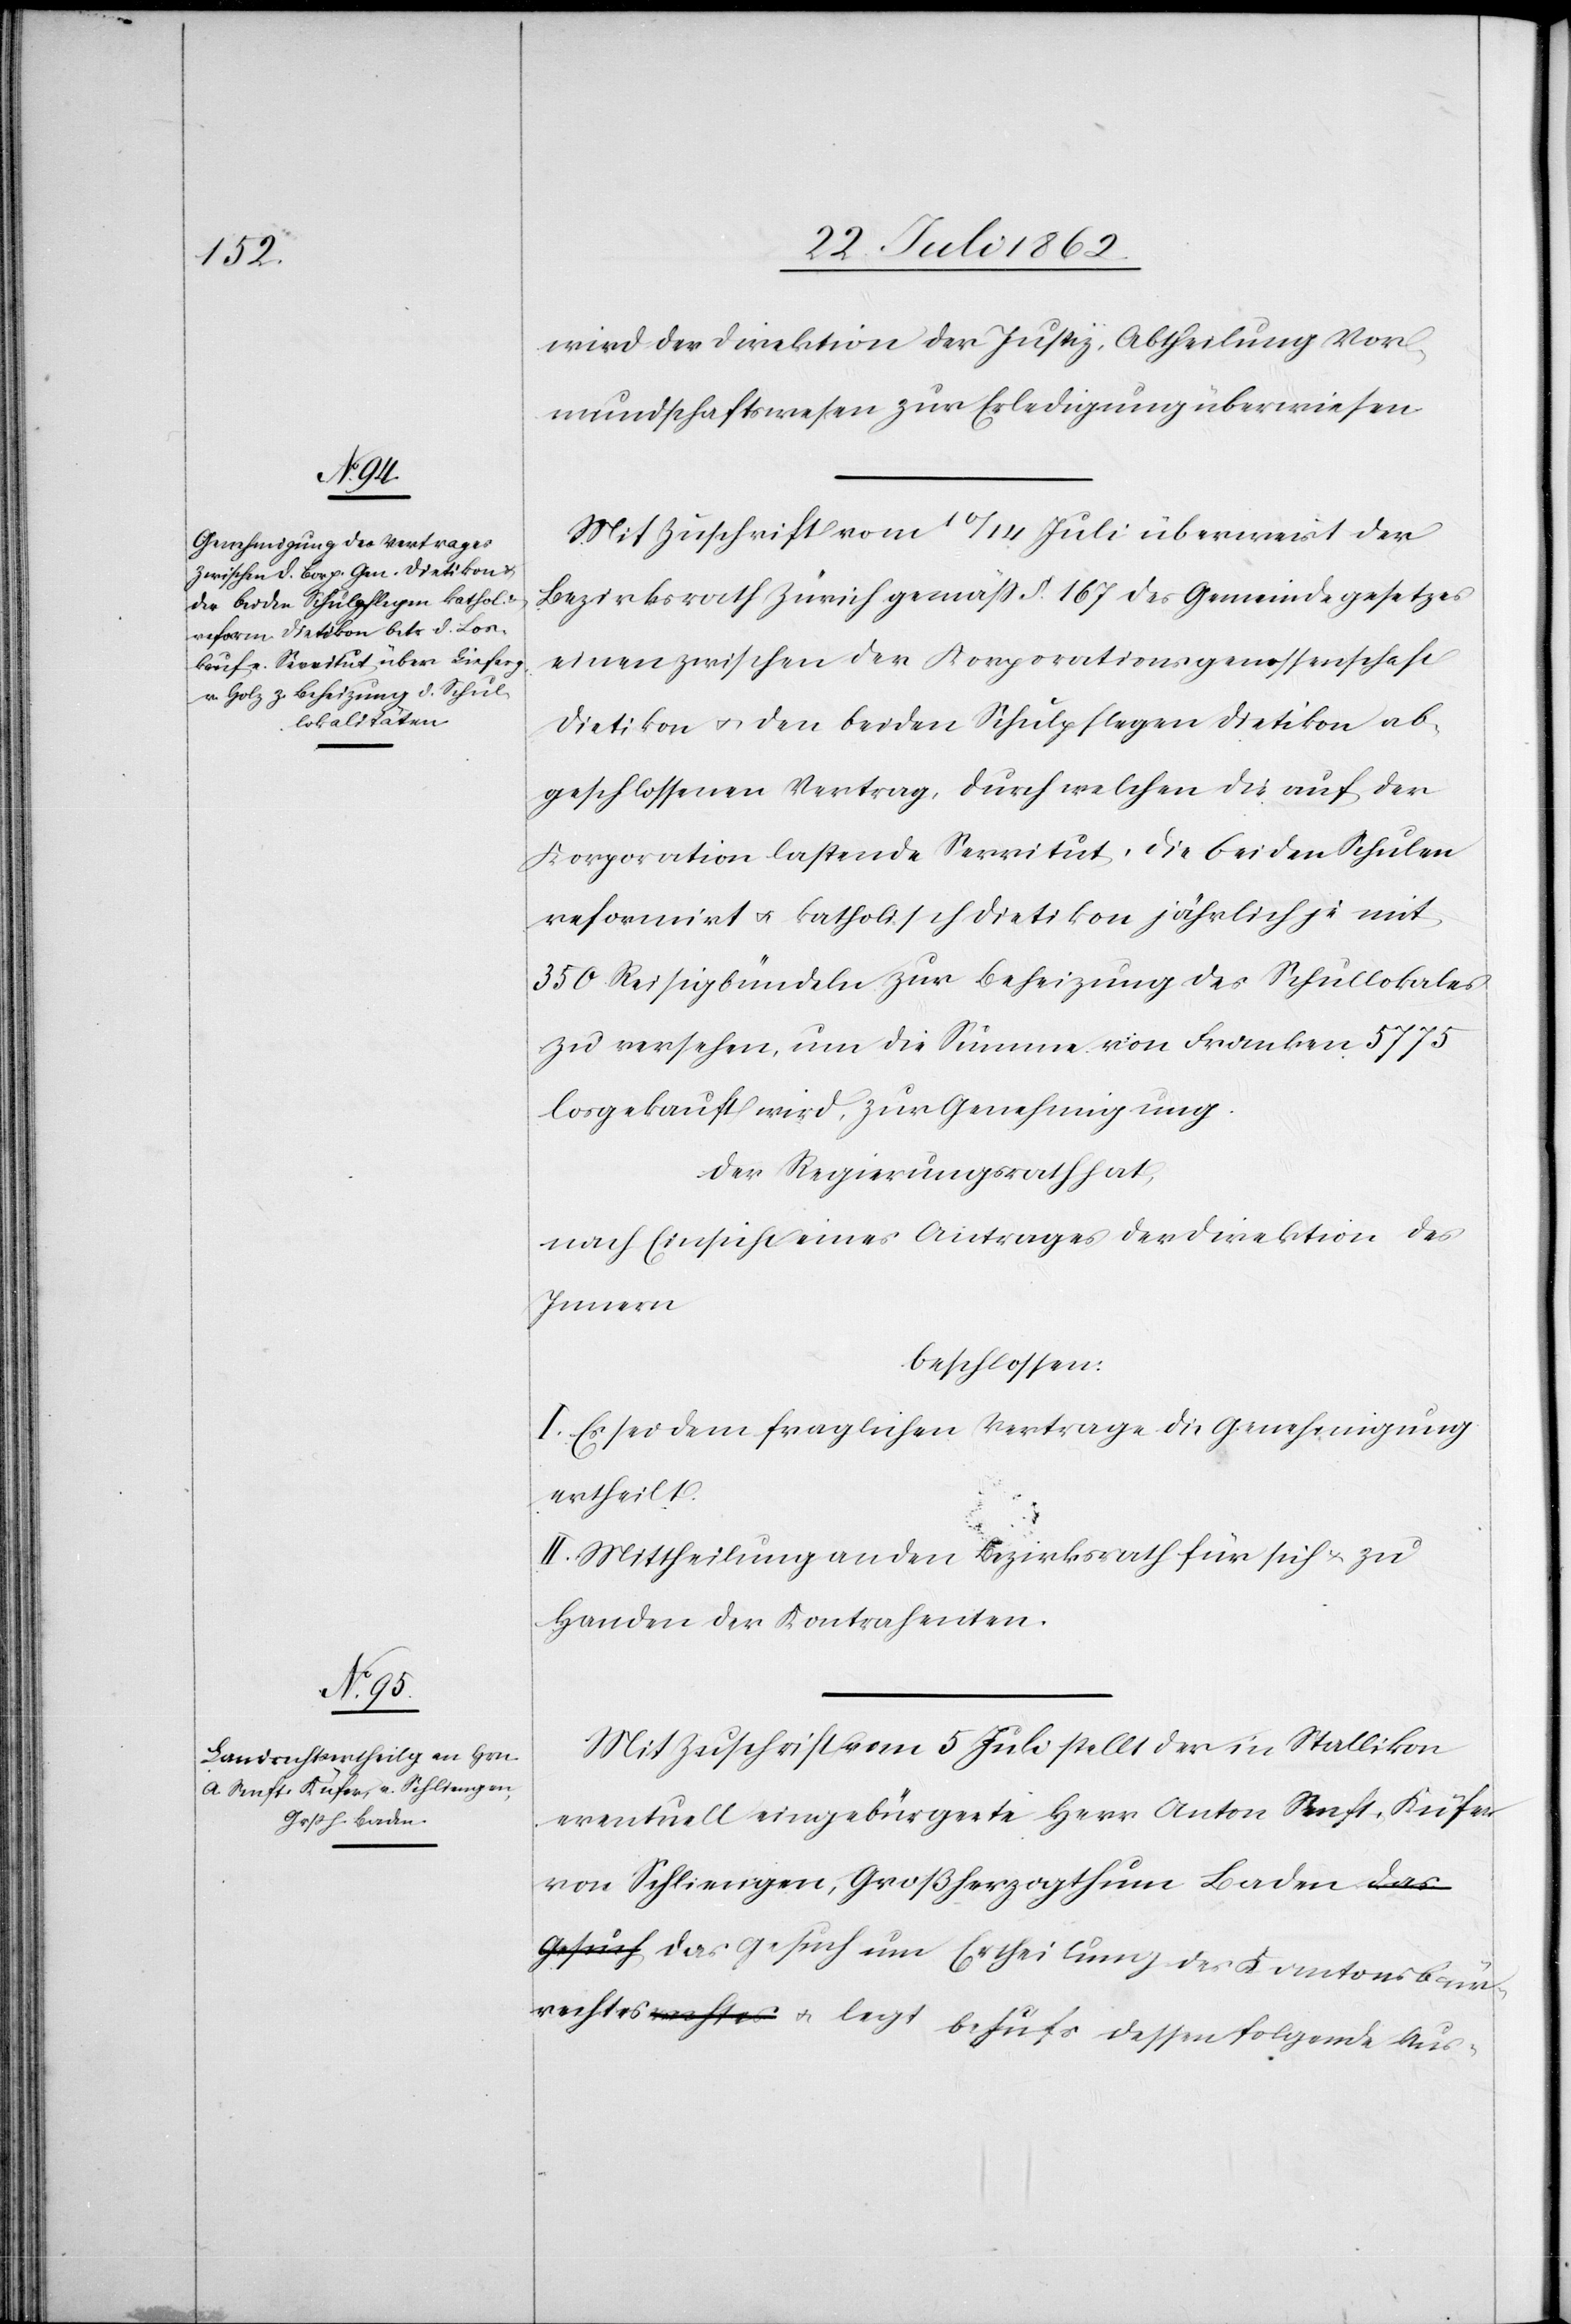
Kantonsbü¬

wird der Direktion der Justiz, Abtheilung Vor¬
mundschaftswesen zur Erledigung überwiesen.
Mit Zuschrift vom 10./14. Juli überweist der
Bezirksrath Zürich gemäß § 167 des Gemeindegesetzes
einen zwischen der Korporationsgenossenschaft
Dietikon u. den beiden Schulpflegen Dietikon ab¬
geschlossenen Vertrag, durch welchen die auf der
Korporation lastende Servitut, die beiden Schulen
reformirt u. katholisch Dietikon jährlich je mit
350 Reisigbündeln zur Beheizung des Schullokales
zu versehen, um die Summe von Franken 5775
losgekauft wird, zur Genehmigung.
Der Regierungsrath hat,
nach Einsicht eines Antrages der Direktion des
Innern
beschlossen:
I. Es sei dem fraglichen Vertrage die Genehmigung
Ertheilung
II. Mittheilung an den Bezirksrath für sich u. zu
Handen der Kontrahenten.
Mit Zuschrift vom 5. Juli stellt der in Stallikon
eventuell eingebürgerte Herr Anton Senft, Küfer
von Schliengen, Großherzogthum Baden das
rgerrechtes u. legt behufs dessen folgende Aus-